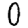
Digit: 0